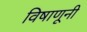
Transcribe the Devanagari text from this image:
विषाणूनी